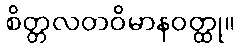
စိတ္တလတဝိမာနဝတ္ထု။